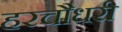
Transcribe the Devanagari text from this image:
हरचौधरी